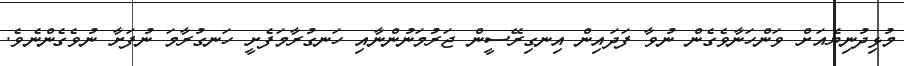
މުޅިދުނިޔެއަށް ވަންހަނާވެގެން ނުވާ ފަދައިން އިނގިރޭސީން ޖަރުމަނުންނާއި ހަނގުރާމަފެށީ ހަނގުރާމަ ނުފަށާ ނުވެގެންނެވެ.